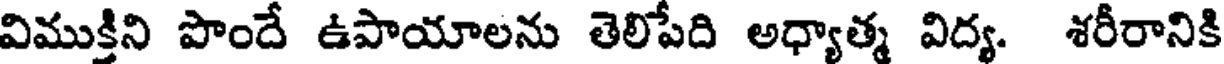
విముక్తిని పొందే ఉపాయాలను తెలిపేది అధ్యాత్మ విద్య. శరీరానికి